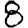
Digit: 8